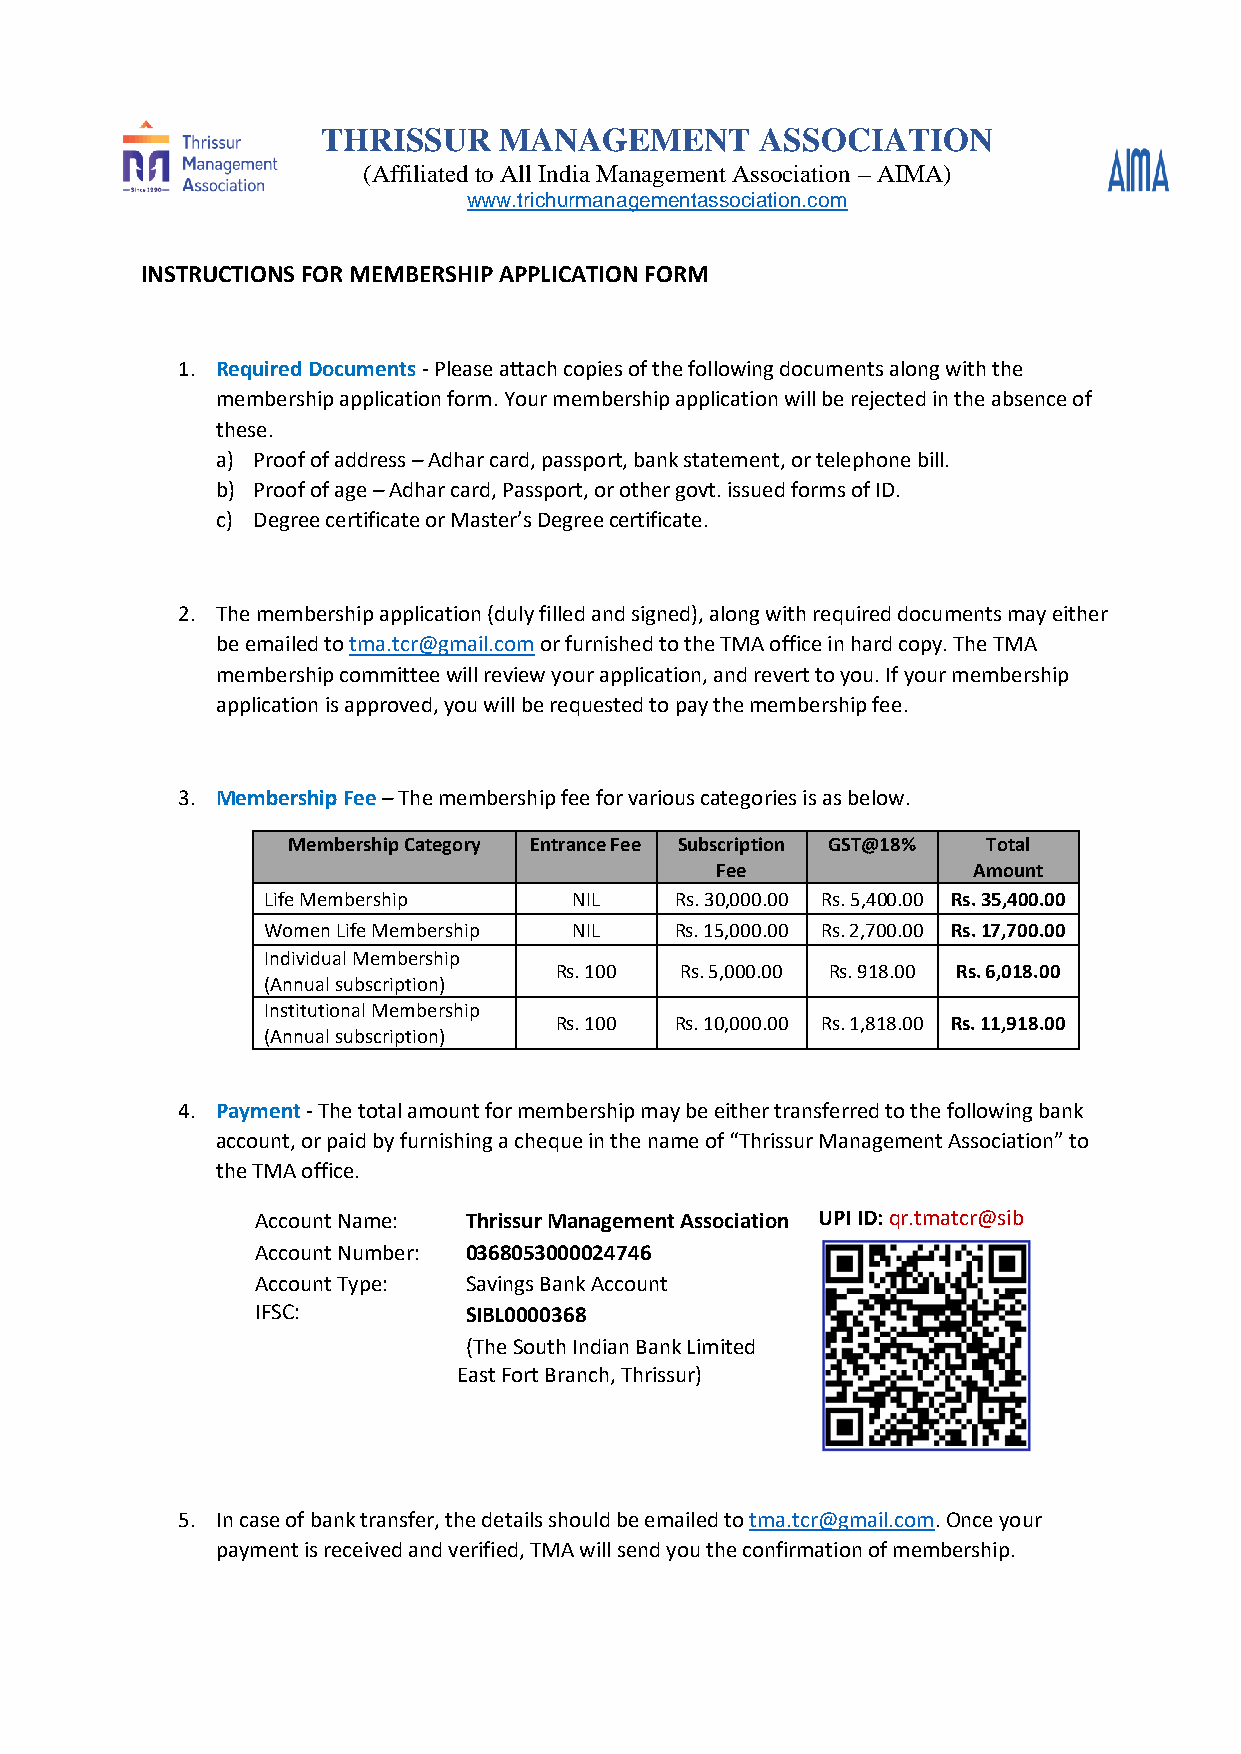
THRISSUR    MANAGEMENT       ASSOCIATION
 (Affiliated to All India Management Association – AIMA)
 www.trichurmanagementassociation.com
 INSTRUCTIONS FOR MEMBERSHIP APPLICATION FORM
 1. Required Documents - Please attach copies of the following documents along with the
 membership application form. Your membership application will be rejected in the absence of
 these.
 a) Proof of address – Adhar card, passport, bank statement, or telephone bill.
 b) Proof of age – Adhar card, Passport, or other govt. issued forms of ID.
 c) Degree certificate or Master’s Degree certificate.
 2. The membership application (duly filled and signed), along with required documents may either
 be emailed to tma.tcr@gmail.com or furnished to the TMA office in hard copy. The TMA
 membership committee will review your application, and revert to you. If your membership
 application is approved, you will be requested to pay the membership fee.
 3. Membership Fee – The membership fee for various categories is as below.
 Membership Category Entrance Fee Subscription GST@18% Total
 Fee              Amount
 Life Membership      NIL    Rs. 30,000.00 Rs. 5,400.00 Rs. 35,400.00
 Women Life Membership NIL   Rs. 15,000.00 Rs. 2,700.00 Rs. 17,700.00
 Individual Membership
 Rs. 100 Rs. 5,000.00 Rs. 918.00 Rs. 6,018.00
 (Annual subscription)
 Institutional Membership
 Rs. 100 Rs. 10,000.00 Rs. 1,818.00 Rs. 11,918.00
 (Annual subscription)
 4. Payment - The total amount for membership may be either transferred to the following bank
 account, or paid by furnishing a cheque in the name of “Thrissur Management Association” to
 the TMA office.
 Account Name: Thrissur Management Association UPI ID: qr.tmatcr@sib
 Account Number: 0368053000024746
 Account Type: Savings Bank Account
 IFSC:         SIBL0000368
 (The South Indian Bank Limited
 East Fort Branch, Thrissur)
 5. In case of bank transfer, the details should be emailed to tma.tcr@gmail.com. Once your
 payment is received and verified, TMA will send you the confirmation of membership.